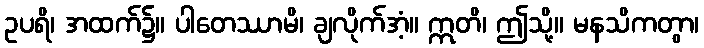
ဥပရိ၊ အထက်၌။ ပါတေဿာမိ၊ ချလိုက်အံ့။ ဣတိ၊ ဤသို့။ မနသိကတွာ၊